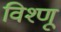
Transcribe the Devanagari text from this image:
विश्णू